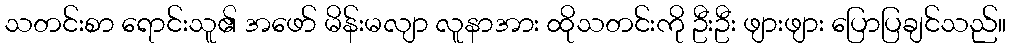
သတင်းစာ ရောင်းသူ၏ အဖော် မိန်းမလျာ လူနာအား ထိုသတင်းကို ဦးဦး ဖျားဖျား ပြောပြချင်သည်။